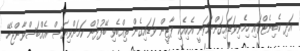
އަދި ކެބިނެޓްގައި ހިމެނިވަޑައިގަންނަވަނީ އެކިއެކި ޕާޓީން ވަޑައިގެން ތިއްބެވި ބޭފުޅުން ކަމަށްވިޔަސް އެއްބަސްވާންޖެހޭ